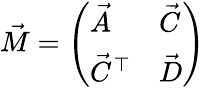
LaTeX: \vec{M}=\left(\begin{array}{ll}{\vec{A}}&{\vec{C}}\\ {\vec{C}^{\top}}&{\vec{D}}\end{array}\right)